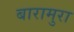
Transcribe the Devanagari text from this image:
बारामुरा